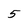
Character: 5